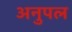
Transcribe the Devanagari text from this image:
अनुपल